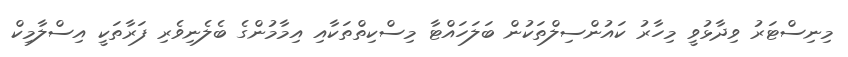
މިނިސްޓަރު ވިދާޅުވީ މިހާރު ކައުންސިލްތަކުން ބަލަހައްޓާ މިސްކިތްތަކާއި އިމާމުންގެ ބެލެނިވެރި ފަރާތަކީ އިސްލާމިކް